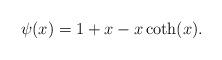
LaTeX: \begin{align*}\psi(x)= 1+x-x\coth(x).\end{align*}